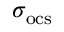
\sigma _ { \mathrm { o c s } }